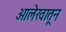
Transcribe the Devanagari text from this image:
आलेखातून